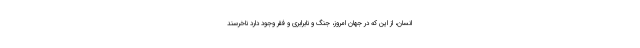
انسان، از این که در جهان امروز، جنگ و نابرابری و فقر وجود دارد ناخرسند